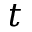
t